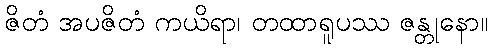
ဇိတံ အပဇိတံ ကယိရာ၊ တထာရူပဿ ဇန္တုနော။